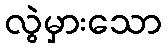
လွဲမှားသော